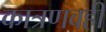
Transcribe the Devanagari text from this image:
कात्रणवही